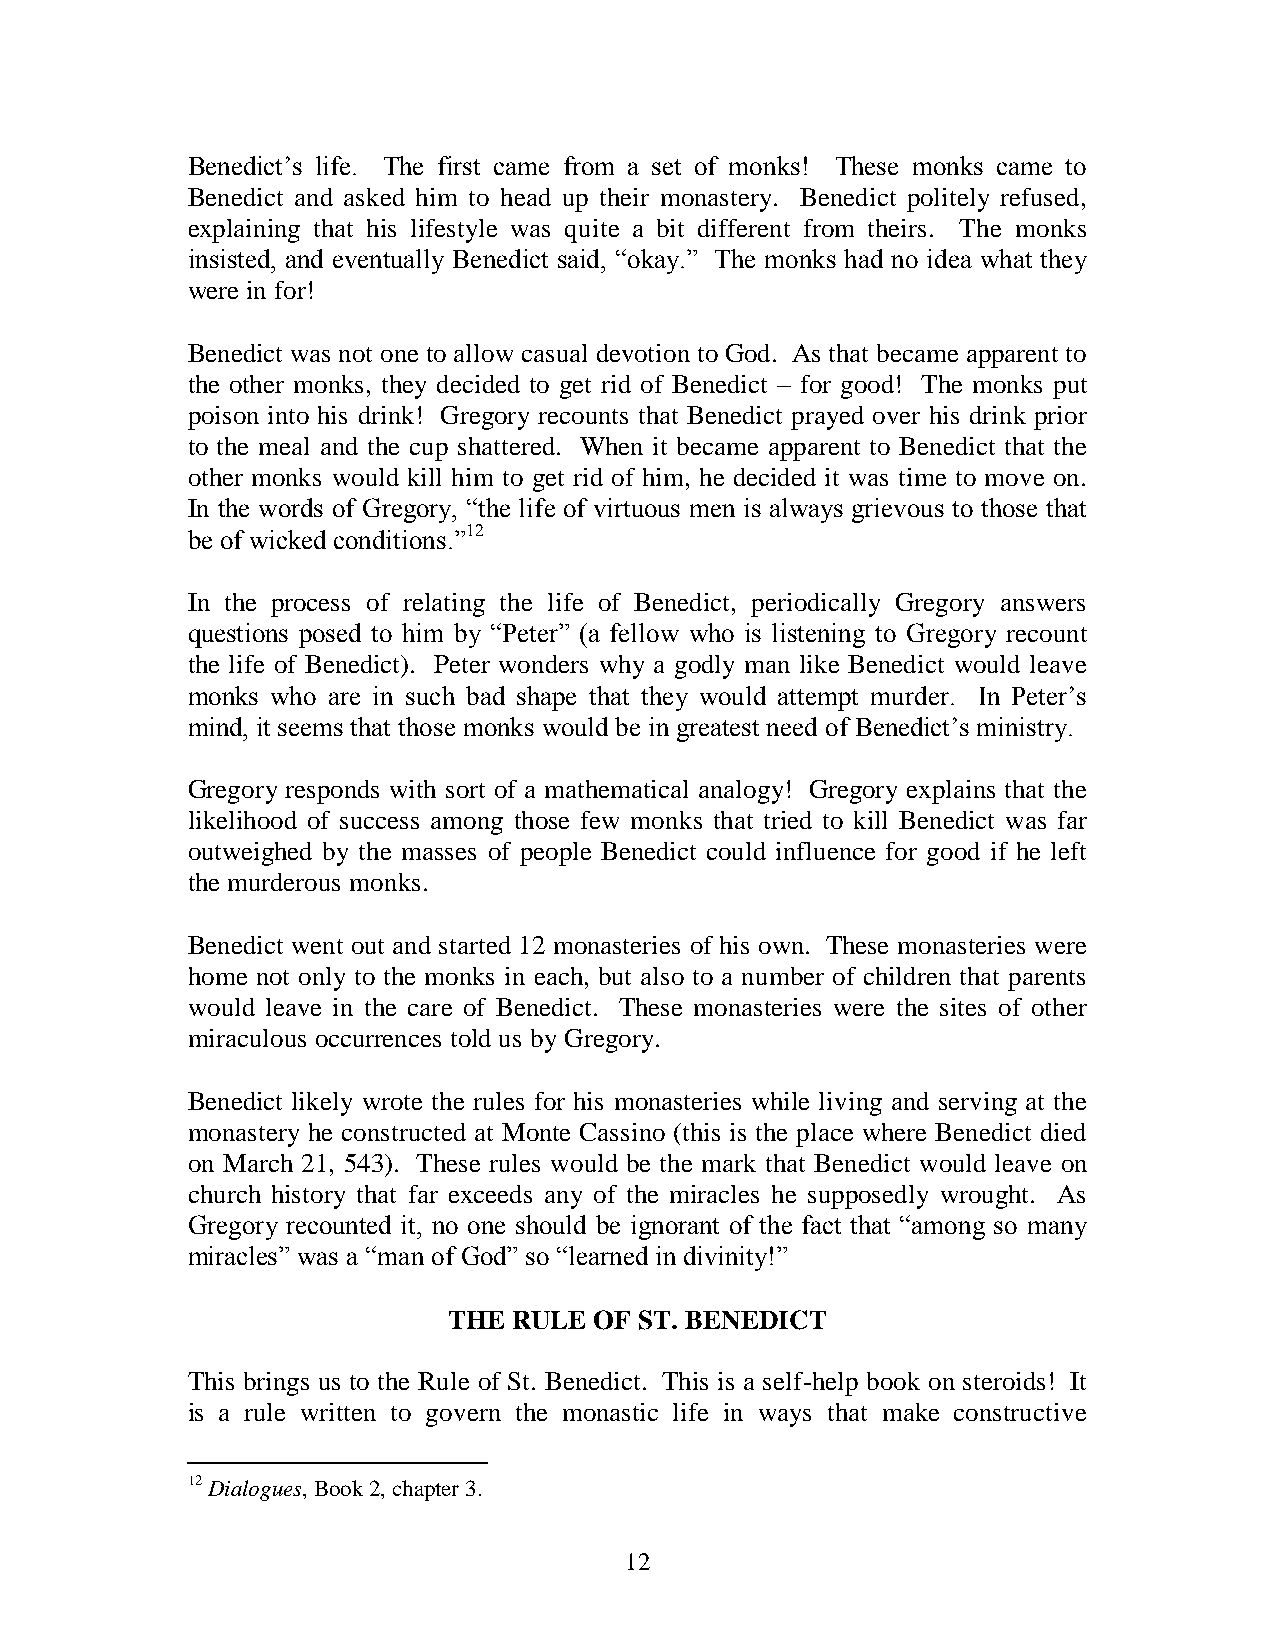
Benedict’s life. The first came from a set of monks! These monks came to
 Benedict and asked him to head up their monastery. Benedict politely refused,
 explaining that his lifestyle was quite a bit different from theirs. The monks
 insisted, and eventually Benedict said, “okay.” The monks had no idea what they
 were in for!
 Benedict was not one to allow casual devotion to God. As that became apparent to
 the other monks, they decided to get rid of Benedict – for good! The monks put
 poison into his drink! Gregory recounts that Benedict prayed over his drink prior
 to the meal and the cup shattered. When it became apparent to Benedict that the
 other monks would kill him to get rid of him, he decided it was time to move on.
 In the words of Gregory, “the life of virtuous men is always grievous to those that
 be of wicked conditions.”12
 In the process of relating the life of Benedict, periodically Gregory answers
 questions posed to him by “Peter” (a fellow who is listening to Gregory recount
 the life of Benedict). Peter wonders why a godly man like Benedict would leave
 monks who are in such bad shape that they would attempt murder. In Peter’s
 mind, it seems that those monks would be in greatest need of Benedict’s ministry.
 Gregory responds with sort of a mathematical analogy! Gregory explains that the
 likelihood of success among those few monks that tried to kill Benedict was far
 outweighed by the masses of people Benedict could influence for good if he left
 the murderous monks.
 Benedict went out and started 12 monasteries of his own. These monasteries were
 home not only to the monks in each, but also to a number of children that parents
 would leave in the care of Benedict. These monasteries were the sites of other
 miraculous occurrences told us by Gregory.
 Benedict likely wrote the rules for his monasteries while living and serving at the
 monastery he constructed at Monte Cassino (this is the place where Benedict died
 on March 21, 543). These rules would be the mark that Benedict would leave on
 church history that far exceeds any of the miracles he supposedly wrought. As
 Gregory recounted it, no one should be ignorant of the fact that “among so many
 miracles” was a “man of God” so “learned in divinity!”
 THE RULE OF ST. BENEDICT
 This brings us to the Rule of St. Benedict. This is a self-help book on steroids! It
 is a rule written to govern the monastic life in ways that make constructive
 12 Dialogues, Book 2, chapter 3.
 12